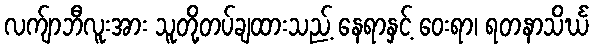
လက်ျာဘီလူးအား သူတို့တပ်ချထားသည့် နေရာနှင့် ဝေးရာ၊ ရတနာသိင်္ဃ